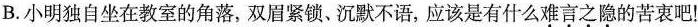
B.小明独自坐在教室的角落，双眉紧锁、沉默不语，应该是有什么难言之隐的苦衷吧！